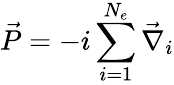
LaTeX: \vec{P}=-i\sum_{i=1}^{N_{e}}\vec{\nabla}_{i}